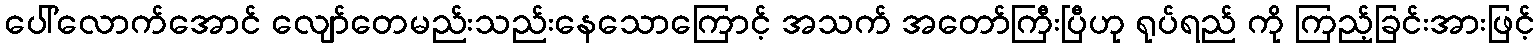
ပေါ်လောက်အောင် လျော်တေမည်းသည်းနေသောကြောင့် အသက် အတော်ကြီးပြီဟု ရုပ်ရည် ကို ကြည့်ခြင်းအားဖြင့်